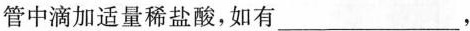
管中滴加适量稀盐酸，如有___，